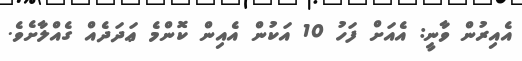
އެއިރުން ވާނީ: އެއަށް ފަހު 10 އަކުން އެއިން ކޮންމެ ޢަދަދެއް ގެއްލާށެވެ.